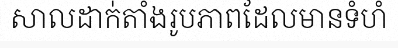
សាលដាក់តាំងរូបភាពដែលមានទំហំ